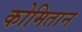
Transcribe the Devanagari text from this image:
कोमितान